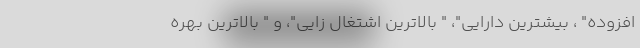
افزوده" ، بیشترین دارایی"، " بالاترین اشتغال زایی"، و " بالاترین بهره